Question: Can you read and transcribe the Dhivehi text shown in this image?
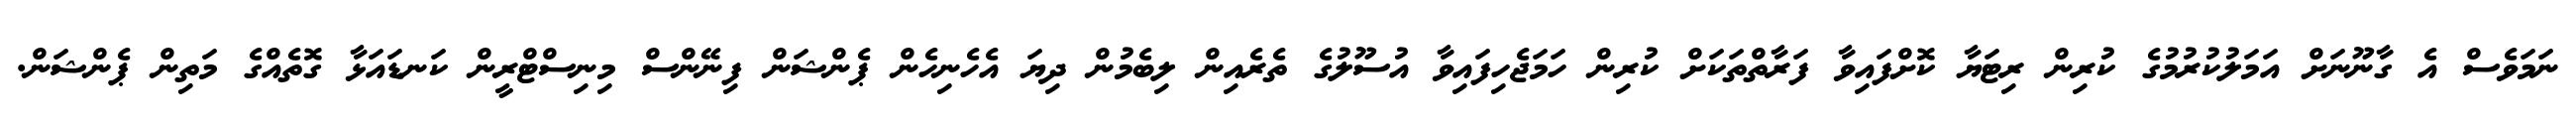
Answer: ނަމަވެސް އެ ގާނޫނަށް އަމަލުކުރުމުގެ ކުރިން ރިޓަޔާ ކޮށްފައިވާ ފަރާތްތަކަށް ކުރިން ހަމަޖެހިފައިވާ އުސޫލުގެ ތެރެއިން ލިބެމުން ދިޔަ އެހެނިހެން ޕެންޝަން ފިނޭންސް މިނިސްޓްރީން ކަނޑައަޅާ ގޮތެއްގެ މަތިން ޕެންޝަން.